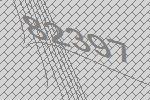
82397